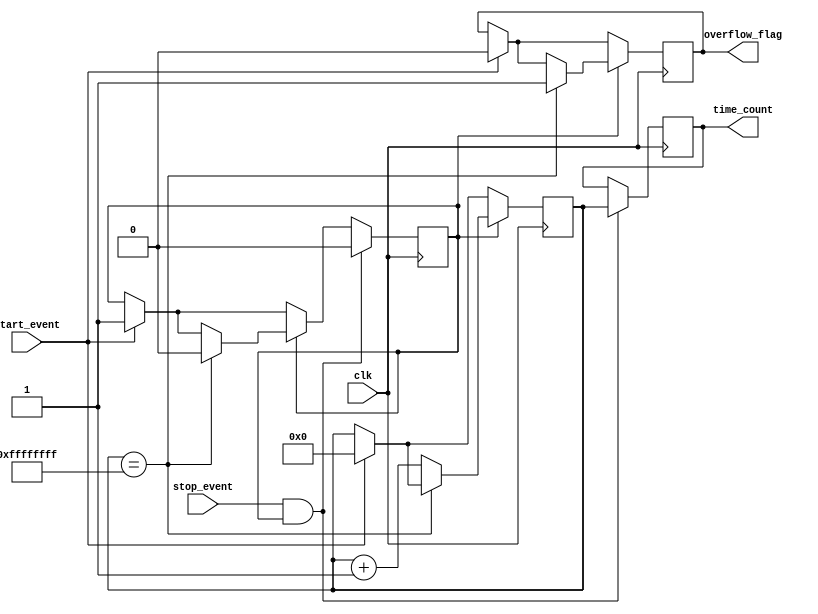
module TDC (
    input wire clk,              // High-frequency clock
    input wire start_event,      // Start event signal
    input wire stop_event,       // Stop event signal
    output reg [31:0] time_count, // Measured time interval in clock cycles
    output reg overflow_flag      // Overflow flag
);

    reg [31:0] counter;             // Counter for clock cycles
    reg counting;                   // State of the counter (counting/stop)
    
    // Initialization block
    initial begin
        counter = 32'd0;
        time_count = 32'd0;
        overflow_flag = 1'b0;
        counting = 1'b0;
    end

    // Event detection and counting logic
    always @(posedge clk) begin
        if (start_event) begin
            // Reset counter and flag on start event
            counter <= 32'd0;
            overflow_flag <= 1'b0;
            counting <= 1'b1; // Start counting
        end

        if (counting) begin
            // Count the clock cycles
            if (counter == 32'hFFFFFFFF) begin
                // Handle overflow
                overflow_flag <= 1'b1;
                counting <= 1'b0; // Stop counting
            end else begin
                counter <= counter + 1'b1;
            end
        end

        if (stop_event && counting) begin
            // Stop counting and latch the counter value
            time_count <= counter; // Latch the count
            counting <= 1'b0; // Stop counting
        end
    end

endmodule